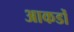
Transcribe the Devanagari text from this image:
आकडोँ